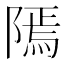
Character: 𨻳